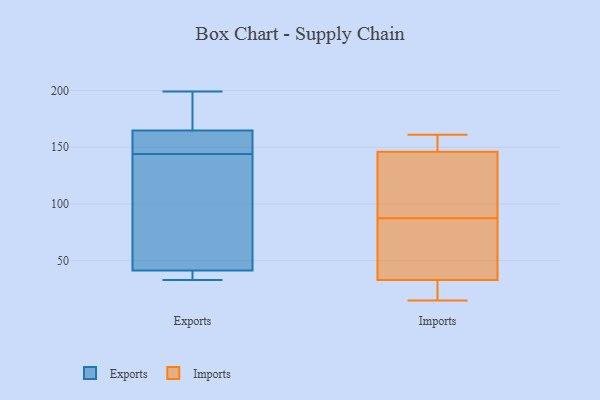
{"axis": {"x": "Demand Index", "y": "Value"}, "legend": ["Exports", "Imports"], "data": [{"x": "", "y": 173, "type": "Exports"}, {"x": "", "y": 173, "type": "Exports"}, {"x": "", "y": 162, "type": "Exports"}, {"x": "", "y": 33, "type": "Exports"}, {"x": "", "y": 117, "type": "Exports"}, {"x": "", "y": 95, "type": "Exports"}, {"x": "", "y": 42, "type": "Exports"}, {"x": "", "y": 144, "type": "Exports"}, {"x": "", "y": 34, "type": "Exports"}, {"x": "", "y": 199, "type": "Exports"}, {"x": "", "y": 157, "type": "Exports"}, {"x": "", "y": 39, "type": "Exports"}, {"x": "", "y": 150, "type": "Exports"}, {"x": "", "y": 146, "type": "Imports"}, {"x": "", "y": 33, "type": "Imports"}, {"x": "", "y": 123, "type": "Imports"}, {"x": "", "y": 48, "type": "Imports"}, {"x": "", "y": 15, "type": "Imports"}, {"x": "", "y": 151, "type": "Imports"}, {"x": "", "y": 27, "type": "Imports"}, {"x": "", "y": 56, "type": "Imports"}, {"x": "", "y": 161, "type": "Imports"}, {"x": "", "y": 119, "type": "Imports"}]}